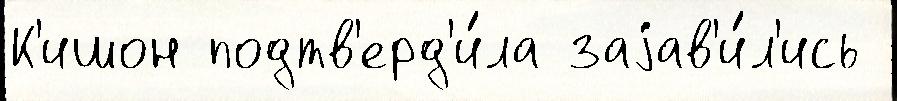
К'ишон подтв'ерд'и́ла заjав'и́л'ись